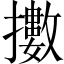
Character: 擻